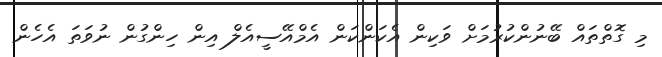
މި ގޮތްތައް ބޭނުންކުރުމަށް ވަކިން އެކަންކަން އެމްއޭސީއެލް އިން ހިންގުން ނުވަތަ އެހެން